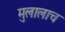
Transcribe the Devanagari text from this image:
मुलालाच